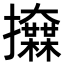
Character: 𢺌